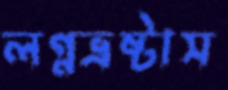
লগ্নভ্রষ্টাস